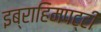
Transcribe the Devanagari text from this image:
इब्राहिमपट्टी